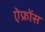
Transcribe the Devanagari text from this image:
ऐफ्रोंस